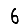
Digit: 6